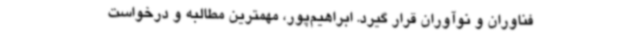
فناوران و نوآوران قرار گیرد. ابراهیم‌پور، مهمترین مطالبه و درخواست